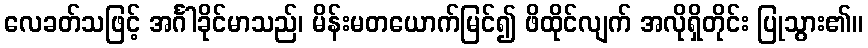
လေခတ်သဖြင့် အင်္ဂါခိုင်မာသည်၊ မိန်းမတယောက်မြင်၍ ဖိထိုင်လျက် အလိုရှိတိုင်း ပြုသွား၏။